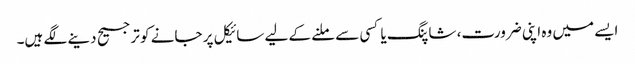
ایسے میں وہ اپنی ضرورت، شاپنگ یا کسی سے ملنے کے لیے سائیکل پر جانے کو ترجیح دینے لگے ہیں۔